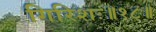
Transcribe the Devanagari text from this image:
गिरिशः॥१८॥